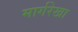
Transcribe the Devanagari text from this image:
मार्गरेखा